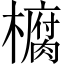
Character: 𭬙